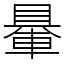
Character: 䡞